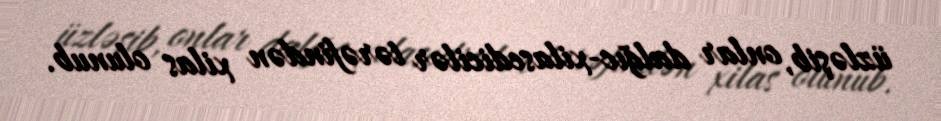
üzləşib, onlar dalğıc-xilasedicilər tərəfindən xilas olunub.